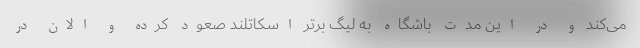
می‌کند و در این مدت باشگاه به لیگ برتر اسکاتلند صعود کرده و الان در